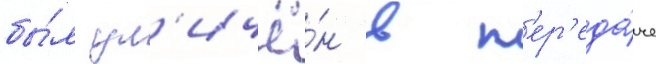
бы́л ул'ичё́н в п'ер'еда́че